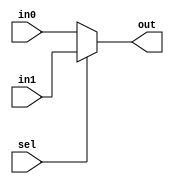
module Mux(
    input [31:0] in0, in1,
    input sel,
    output [31:0] out
    );
    
    assign out = sel ? in1 : in0 ;
    
endmodule